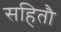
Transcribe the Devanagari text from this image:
सहितौ